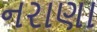
નરાણા